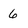
Character: 6